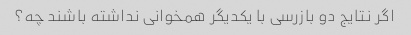
اگر نتایج دو بازرسی با یکدیگر همخوانی نداشته باشند چه؟